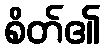
စိတ်၏